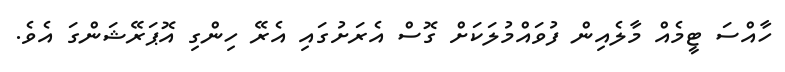
ހާއްސަ ޓީމެއް މާލެއިން ފުވައްމުލަކަށް ގޮސް އެރަށުގައި އެރޭ ހިންގި އޮޕަރޭޝަންގަ އެވެ.